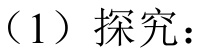
(1) 探究：